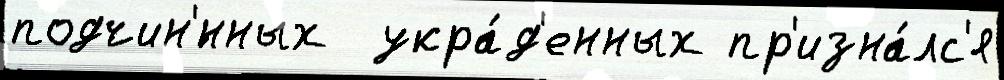
подчин'́нных  укра́д'енных пр'изна́лс'я